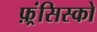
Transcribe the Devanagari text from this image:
फ़्रंसिस्को